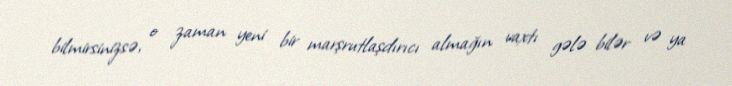
bilmirsinizsə, o zaman yeni bir marşrutlaşdırıcı almağın vaxtı gələ bilər və ya